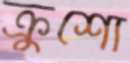
ক্রুশো